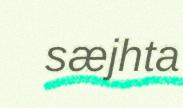
sæjhta